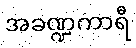
အခဏ္ဍကာရီ